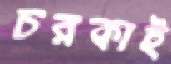
চরকাই